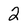
Character: 2